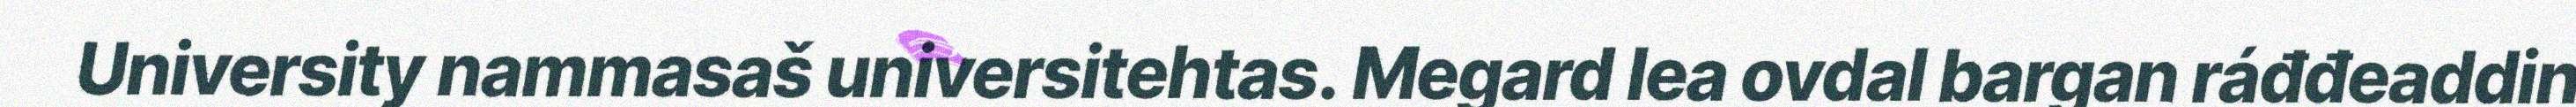
University nammasaš universitehtas. Megard lea ovdal bargan ráđđeaddin